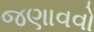
જણાવવો